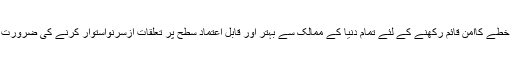
ہمیں خطے کاامن قائم رکھنے کے لئے تمام دنیا کے ممالک سے بہتر اور قابل اعتماد سطح پر تعلقات ازسرِنواستوار کرنے کی ضرورت ہے۔